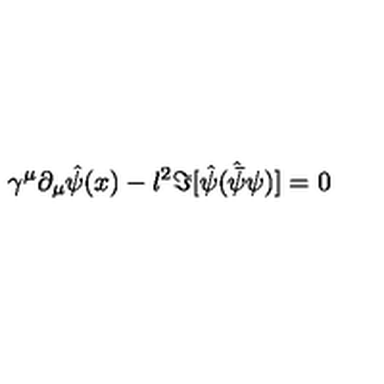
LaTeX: \gamma ^ { \mu } \partial _ { \mu } { \hat { \psi } ( x ) } - l ^ { 2 } \Im [ { \hat { \psi } } ( { \hat { \bar { \psi } } } \psi ) ] = 0